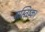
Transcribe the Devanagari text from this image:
मस्तिष्क।